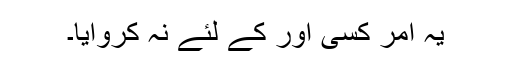
یہ اَمر کسی اور کے لئے نہ کروایا۔